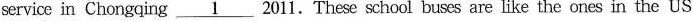
service in Chongqing\underline{1} 2011.These school buses are like the ones in the US